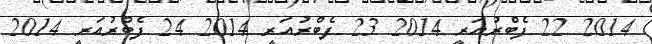
2014 22 ފެބްރުއަރީ 2014 23 ފެބްރުއަރީ 2014 24 ފެބްރުއަރީ 2014